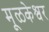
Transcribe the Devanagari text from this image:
मूळकेश्वर